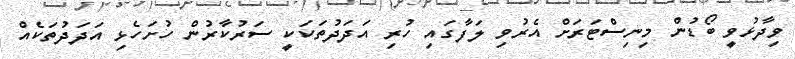
ވިދާޅުވީ ބޯޑުން މިނިސްޓަރަށް އެރުވި ލަފާގައި ހުރި އަދަދުތަކަކީ ސަރުކާރުން ހުށަހެޅި އަދަދުތަކެެއް